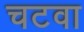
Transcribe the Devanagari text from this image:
चटवा